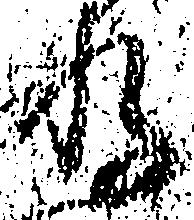
存